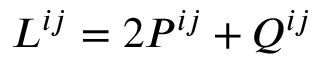
L ^ { i j } = 2 P ^ { i j } + Q ^ { i j }